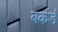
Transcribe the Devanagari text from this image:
बर्कर्ड